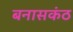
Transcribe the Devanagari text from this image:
बनासकंठ